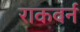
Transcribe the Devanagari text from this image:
राकवर्न